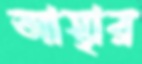
আস্থার